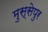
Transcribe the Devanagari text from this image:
मुस्सेपुर